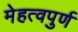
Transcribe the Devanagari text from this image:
मेहत्वपुर्ण